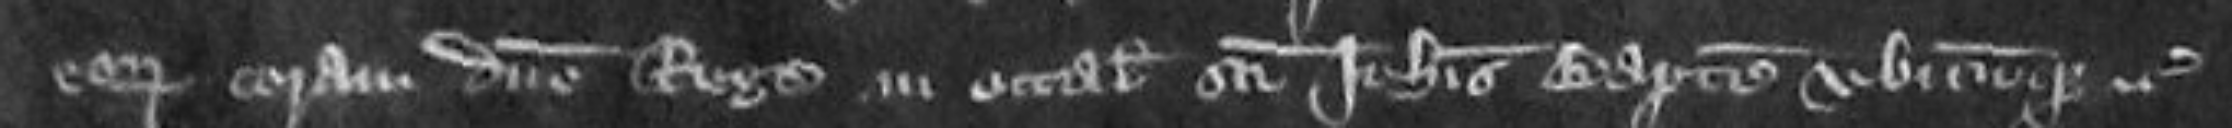
eorum coram domino rege in Octabis Sancti Johannis Baptiste ubicumque etc